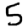
Digit: 5